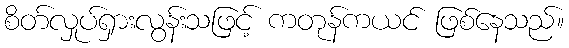
စိတ်လှုပ်ရှားလွန်းသဖြင့် ကတုန်ကယင် ဖြစ်နေသည်။